Report on sanitation, dispensaries, and jails in Rajputana for 1913, and on vaccination for the year 1913-1914 - 1913-1914
Year: 1913
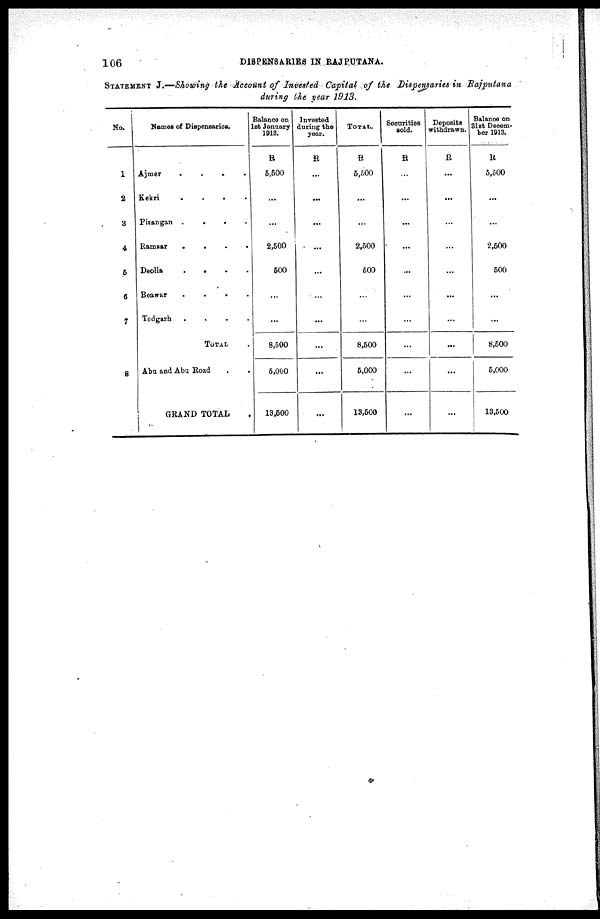
106
DISPENSARIES IN RAJPUTANA.
STATEMENT J.—Showing the Account of Invested Capital of the Dispensaries in Rajputana
during the year 1913.
No.
1
2
3
4
5
6
7
8
Names of Dispensaries.
Ajmer
.
.
.
.
Kekri
.
.
.
.
Pisangan .
.
.
.
Ramsar
.
. . .
Deolia . . . .
Beawar
.
.
.
.
Todgarh
.
.
.
.
TOTAL .
Abu and Abu Road . .
GRAND TOTAL
Balance on
1st January
1913.
R
5,500
...
...
2,500
500
...
...
8,500
5,000
13,500
Invested
during the
year.
R
...
...
...
...
...
...
...
...
...
...
TOTAL.
R
5,500
...
...
2,500
500
...
...
8,500
5,000
13,500
Securities
sold.
R
...
...
...
...
...
...
...
...
...
...
Deposits
withdrawn.
R
...
...
...
...
...
...
...
...
...
...
Balance on
31 st Decem¬
ber 1913.
R
5,500
...
...
2,500
500
...
...
8,500
5,000
13,500